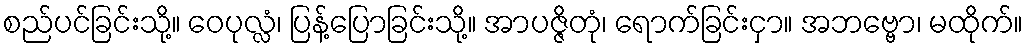
စည်ပင်ခြင်းသို့။ ဝေပုလ္လံ၊ ပြန့်ပြောခြင်းသို့။ အာပဇ္ဇိတုံ၊ ရောက်ခြင်းငှာ။ အဘဗ္ဗော၊ မထိုက်။